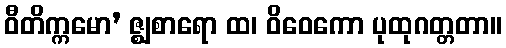
ဝီတိက္ကမော’ ဇ္ဈစာရော ထ၊ ဝိဝေကော ပုထုဂတ္တတာ။